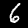
Label: 6